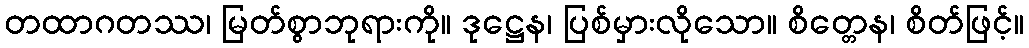
တထာဂတဿ၊ မြတ်စွာဘုရားကို။ ဒုဋ္ဌေန၊ ပြစ်မှားလိုသော။ စိတ္တေန၊ စိတ်ဖြင့်။